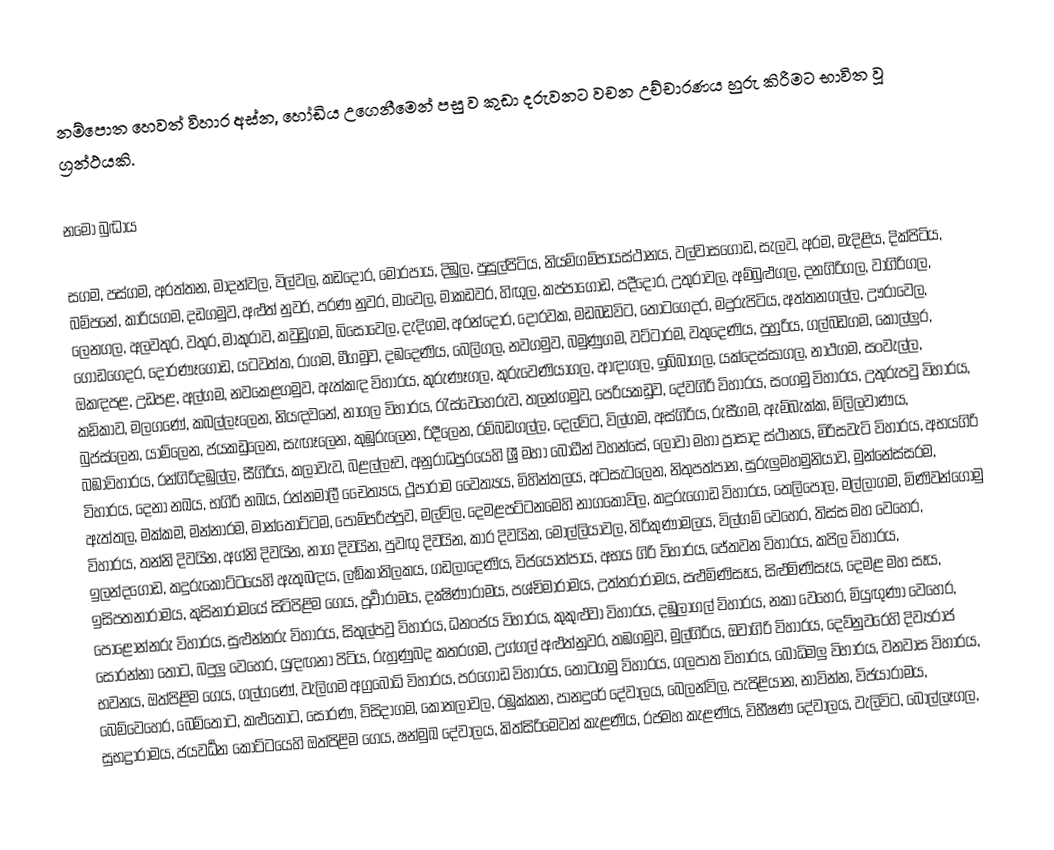
නම්පොත හෙවත් විහාර අස්න, හෝඩිය උගෙනීමෙන් පසු ව කුඩා දරුවනට වචන උච්චාරණය හුරු කිරීමට භාවිත වූ ග්‍රන්ථයකි.

නමො බුද්‍ධාය

සගම, පස්ගම, අරත්තන, මාදන්වල, විල්වල, කඩදොර, මොරපාය, දිඹුල, පුසුල්පිටිය, නියම්ගම්පායස්ථානය, වල්වාසගොඩ, සැලව, අරම, මැදිළිය, දික්පිටිය, බම්පනේ, කාරියගම, දඩගමුව, අළුත් නුවර, පරණ නුවර, මාවෙල, මාකඩවර, හිඟුල, කප්පාගොඩ, පදීදොර, උතුරාවල, අම්බුළුගල, දනගිරිගල, වාගිරිගල, ලෙනගල, අලවතුර, වතුර, මාකුරාව, කවුඩුගම, බිසෝවෙල, දැදිගම, අරන්දොර, දොරවක, මඩබඩවිට, තොටගෙදර, මදුරුපිටිය, අත්තනගල්ල, ඌරාවෙල, ගොඩගෙදර, දොරණෑගොඩ, යටවත්ත, රාගම, මීගමුව, දඹදෙණිය, බෙලිගල, නවගමුව, බමුණුගම, වට්ටාරම, වතුදෙණිය, පුහුරිය, ගල්බඩගම, කොල්ලුර, ඔකඳපළ, උඩපළ, අල්ගම, නවකෙළගමුව, ඇත්කඳ විහාරය, කුරුණෑගල, කුරුවෙණියාගල, ආඳාගල, ඉබ්බාගල, යක්දෙස්සාගල, නාථගම, සංවැල්ල, කඩිකාව, මලගණේ, කබල්ලෑලෙන, නියඳවනේ, නාගල විහාරය, රැස්වෙහෙරුව, තලන්ගමුව, පෙරියකඩුව, දේවගිරි විහාරය, සංගමු විහාරය, උතුරුපවු විහාරය, බුජස්ලෙන, යාම්ලෙන, ජයකඩුලෙන, සැඟෑලෙන, කුඹුරුලෙන, රිදීලෙන, රම්බඩගල්ල, දෙල්විට, විල්ගම, අස්ගිරිය, රුසීගම, ඇම්බැක්ක, මිලිලවාණය, බඹාවිහාරය, රන්ගිරිදඹුල්ල, සීගිරිය, කලාවැව, බළල්ලෑව, අනුරාධපුරයෙහි ශ්‍රී මහා බෝධීන් වහන්සේ, ලෝවා මහා ප්‍රාසාද ස්ථානය, මිරිසවැටි විහාරය, අභයගිරි විහාරය, දෙනා නඛය, භගිරි නඛය, රත්නමාලී චෛත්‍යය, ථූපාරාම වෛත්‍යය, මිහින්තලය, අටසැටලෙන, නිතුපත්පාන, සුරුලුමහමුනියාව, මුන්නේස්සරම, ඇත්තල, මක්කම, මන්නාරම, මාන්තෝට්‍ටම, පොම්පරිප්පුව, මල්විල, දෙමළපට්ටනමෙහි නාගකෝවිල, කදුරුගොඩ විහාරය, තෙලිපොල, මල්ලාගම, මිණිවන්ගොමු විහාරය, තන්නි දිවයින, අග්නි දිවයින, නාග දිවයින, පුවඟු දිවයින, කාර දිවයින, මොල්ලියාවල, තිරිකුණාමලය, විල්ගම් වෙහෙර, තිස්ස මහ වෙහෙර, ඉලන්දගොඩ, කදුරුකෝට්‍ටයෙහි ඇතුබඳය, ලඞ්‍කාතිලකය, ගඩලාදෙණිය, විජයොත්පාය, අභය ගිරි විහාරය, ජේතවන විහාරය, කපිල විහාරය, ඉසිපතනාරාමය, කුසිනාරාමයේ සිටිපිළිම ගෙය, පූර්‍වාරාමය, දක්‍ෂිණාරාමය, පශ්චිමාරාමය, උත්තරාරාමය, සළුමිණිසෑය, සිළුමිණිසෑය, දෙමළ මහ සෑය, පොළොන්නරු විහාරය, සුළුන්නරු විහාරය, සිතුල්පවු විහාරය, ධනංජය විහාරය, කුකුළුවා විහාරය, දඹුලාගල් විහාරය, නකා වෙහෙර, මියුඟුණා වෙහෙර, සොරන්නා තොට, බදුලු වෙහෙර, යුඳඟනා පිටිය, රුහුණුබද කතරගම, උග්ගල් අළුත්නුවර, තඹගමුව, මුල්ගිරිය, ඔවාගිරි විහාරය, දෙව්නුවරෙහි දිව්‍යරාජ භවනය, ඔත්පිළිම ගෙය, ගල්ගණේ, වැලිගම අග්‍රබෝධි විහාරය, පරගොඩ විහාරය, තොටගමු විහාරය, ගලපාත විහාරය, බෝධිමලු විහාරය, වනවාස විහාරය, බෙම්වෙහෙර, බෙම්තොට, කළුතොට, සොරණ, විසිදාගම, කොතලාවල, රඹුක්කන, පානදුරේ දේවාලය, බෙලන්විල, පැපිළියාන, නාවින්න, විජයාරාමය, සුභද්‍රාරාමය, ජයවර්‍ධන කෝට්ටයෙහි ඔත්පිළිම ගෙය, ෂන්මුඛ දේවාලය, කිත්සිරිමෙවන් කැළණිය, රජමහ කැළණිය, විභීෂණ දේවාලය, වැලිවිට, බොල්ලෑගල,